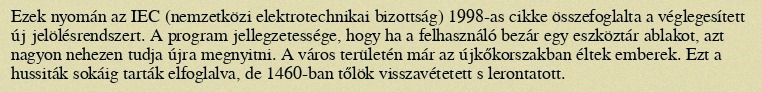
Ezek nyomán az IEC (nemzetközi elektrotechnikai bizottság) 1998-as cikke összefoglalta a véglegesített új jelölésrendszert. A program jellegzetessége, hogy ha a felhasználó bezár egy eszköztár ablakot, azt nagyon nehezen tudja újra megnyitni. A város területén már az újkőkorszakban éltek emberek. Ezt a hussiták sokáig tarták elfoglalva, de 1460-ban tőlök visszavétetett s lerontatott.